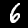
Label: 6